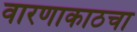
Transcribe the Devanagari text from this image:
वारणाकाठचा